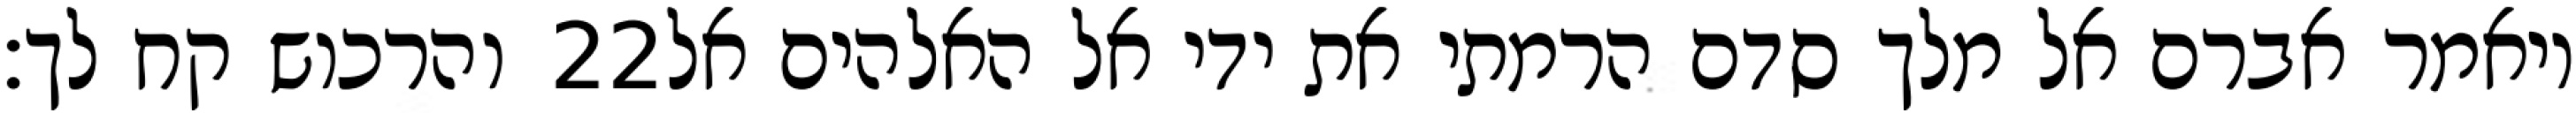
והרכוש קח לך׃ ‎22‏ ויאמר אברם אל מלך סדם הרמתי את ידי אל האלהים אל